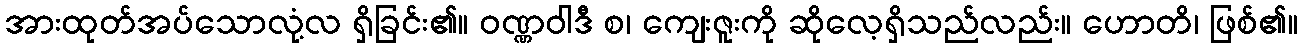
အားထုတ်အပ်သောလုံ့လ ရှိခြင်း၏။ ဝဏ္ဏဝါဒီ စ၊ ကျေးဇူးကို ဆိုလေ့ရှိသည်လည်း။ ဟောတိ၊ ဖြစ်၏။